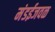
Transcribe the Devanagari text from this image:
मंडईजवळ